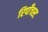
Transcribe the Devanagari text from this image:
रिपाँचस्ट